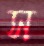
স